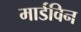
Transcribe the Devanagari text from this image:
मार्डविन